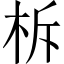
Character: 柝